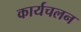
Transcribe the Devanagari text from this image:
कार्यचलन